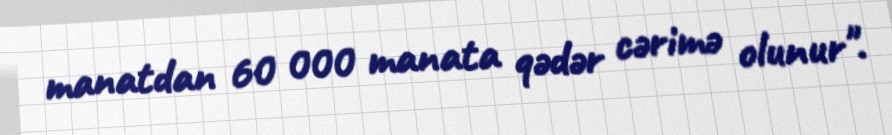
manatdan 60 000 manata qədər cərimə olunur".